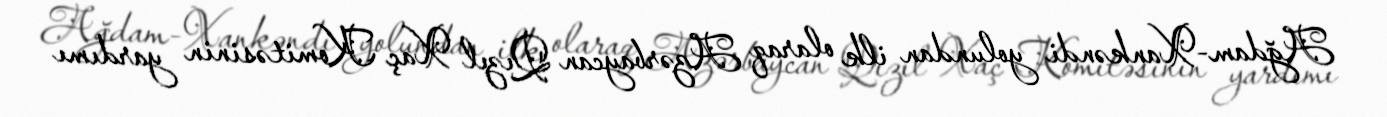
Ağdam-Xankəndi yolundan ilk olaraq Azərbaycan Qızıl Xaç Komitəsinin yardımı